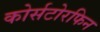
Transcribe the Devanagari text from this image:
कोर्सटोरफिन